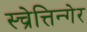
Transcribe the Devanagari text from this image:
स्च्रेत्तिन्गेर